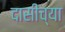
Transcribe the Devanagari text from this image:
दासीच्या